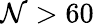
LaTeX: \mathcal{N}>60